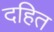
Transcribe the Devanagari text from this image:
दहित